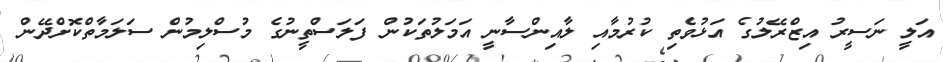
އަލީ ނަސީރު އިޒްރޭލުގެ އަޅުވެތި ކުރުމާއި ލާއިންސާނީ އަމަލުތަކުން ފަލަސްތީނުގެ މުސްލިމުން ސަލަމާތްކޮށްދޭން